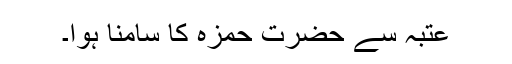
عتبہ سے حضرت حمزہؓ کا سامنا ہوا۔